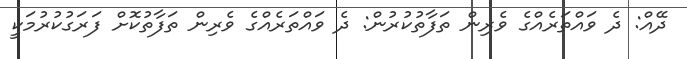
ދޭއް: ދެ ވައްތަރެއްގެ ވެރިން ތަފާތުކުރުން: ދެ ވައްތަރެއްގެ ވެރިން ތަފާތުކޮށް ފަރަގުކުރުމަކީ